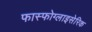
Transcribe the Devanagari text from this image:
फास्फोग्लाइसेरिक